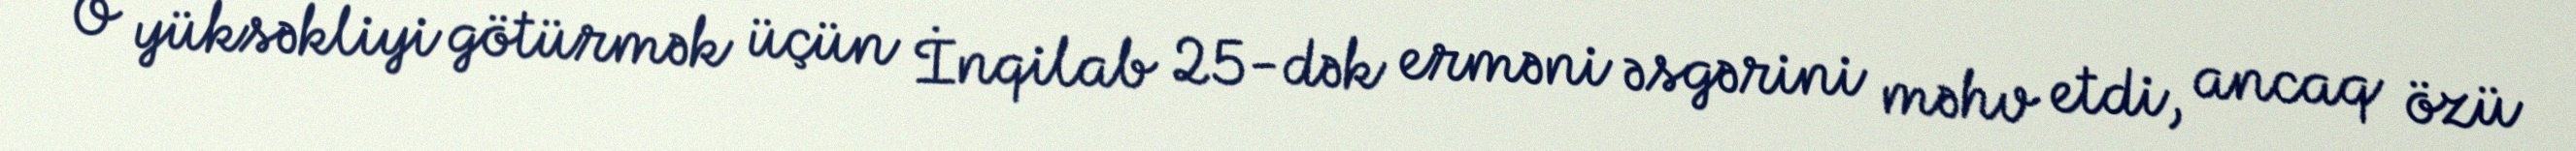
O yüksəkliyi götürmək üçün İnqilab 25-dək erməni əsgərini məhv etdi, ancaq özü